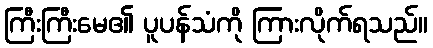
ကြီးကြီးမေ၏ ပူပန်သံကို ကြားလိုက်ရသည်။